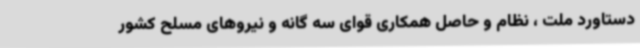
دستاورد ملت ، نظام و حاصل همکاری قوای سه گانه و نیروهای مسلح کشور